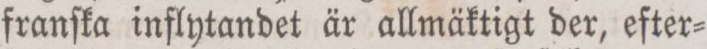
franſka inflytandet är allmäktigt der, efter=